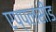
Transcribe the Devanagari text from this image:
एप्पलसीड